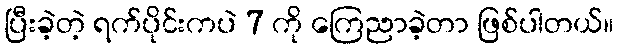
ပြီးခဲ့တဲ့ ရက်ပိုင်းကပဲ 7 ကို ကြေညာခဲ့တာ ဖြစ်ပါတယ်။